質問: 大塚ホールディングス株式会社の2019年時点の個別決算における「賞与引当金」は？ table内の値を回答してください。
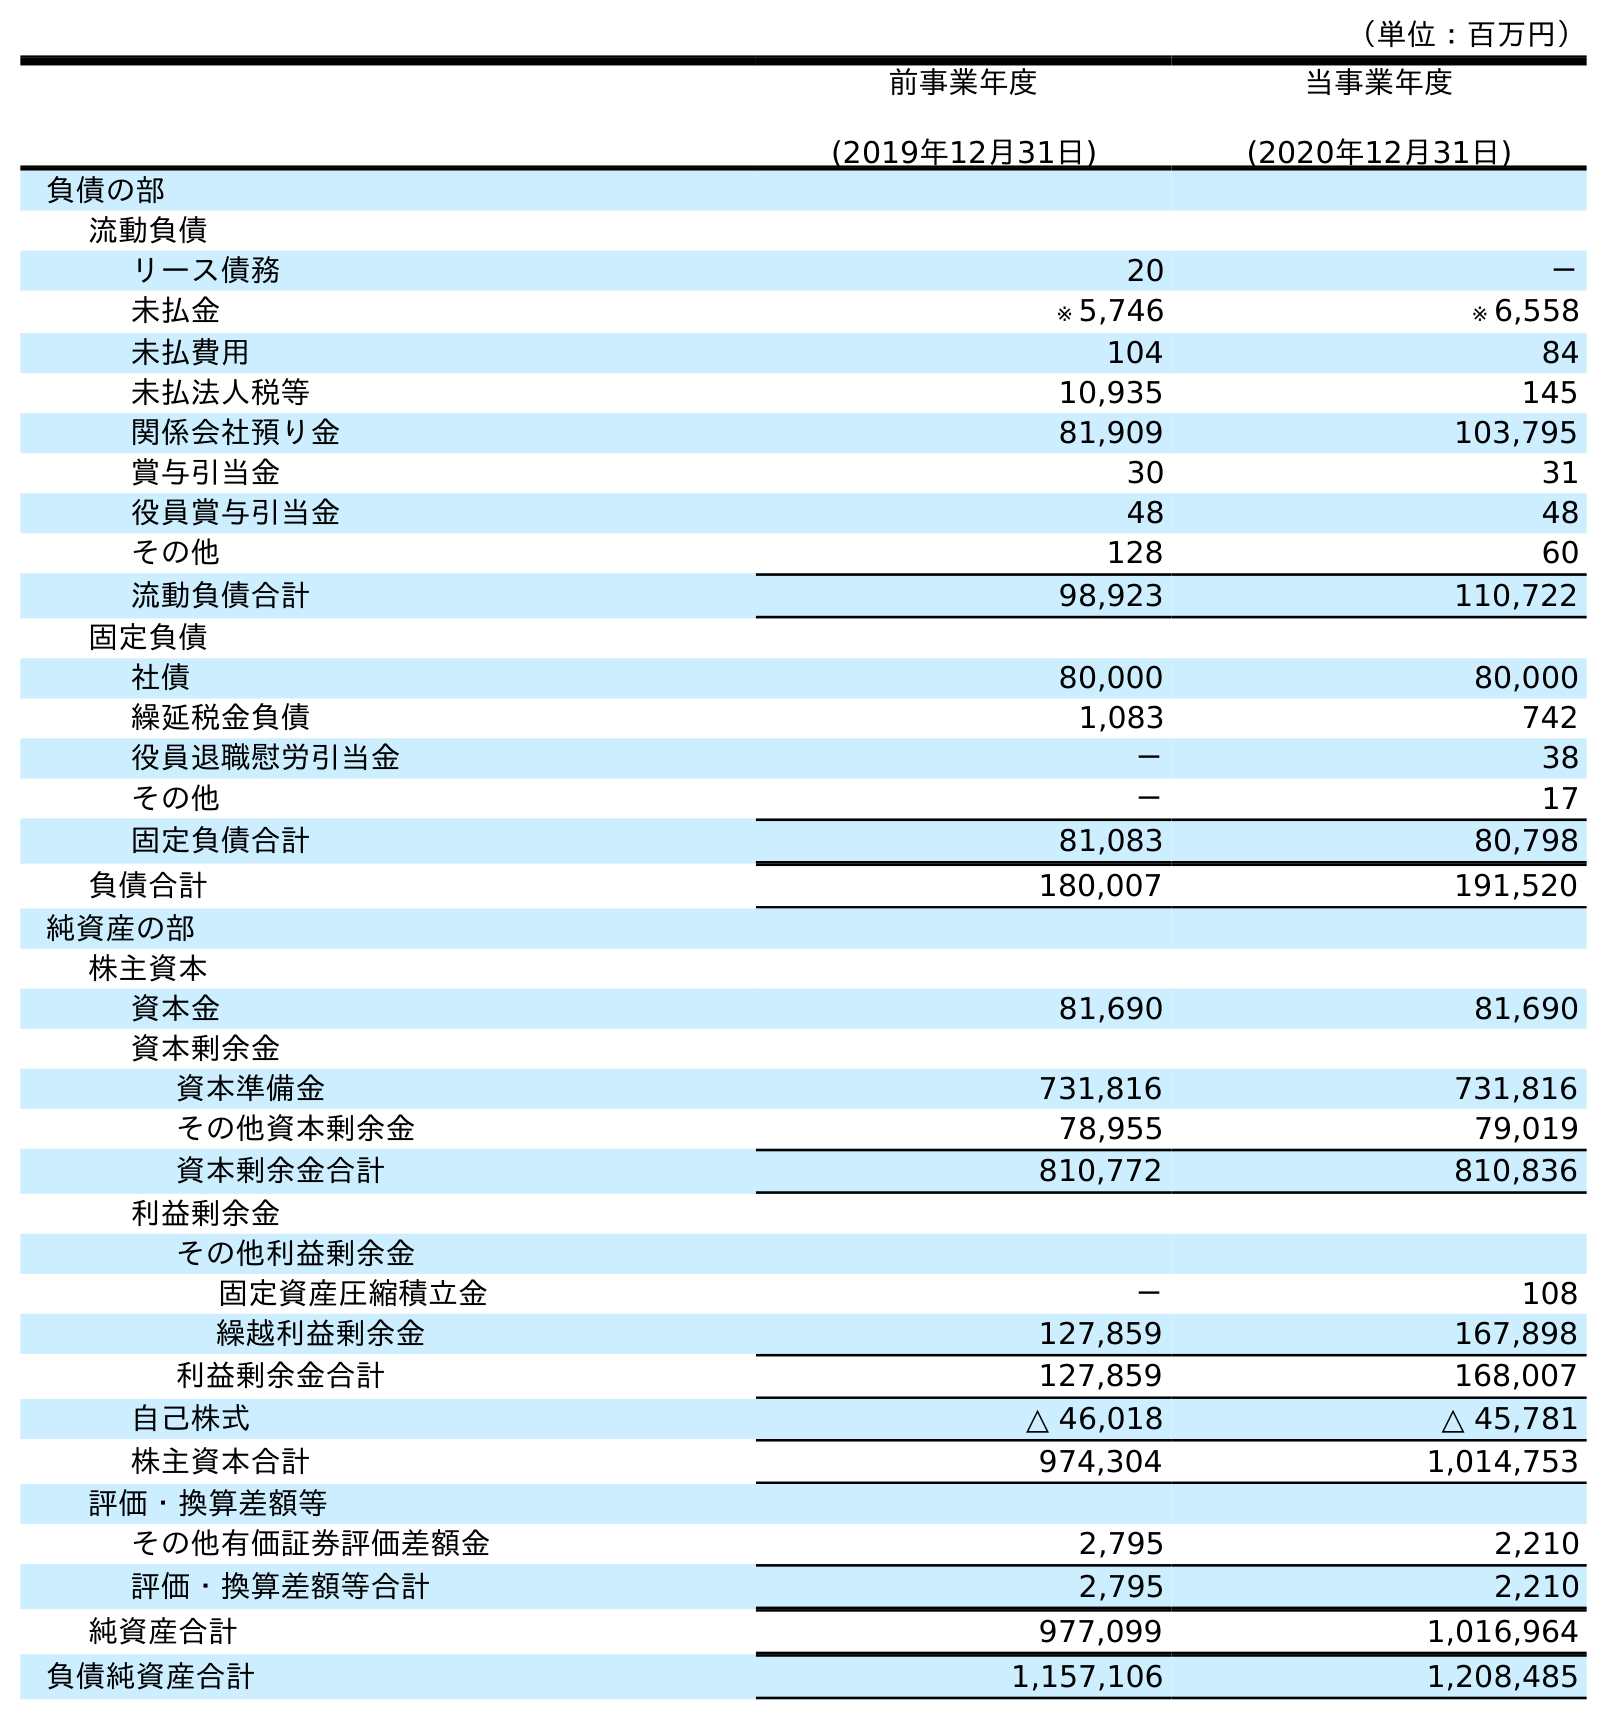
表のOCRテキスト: （単位：百万円） 前事業年度 (2019年12月31日) 当事業年度 (2020年12月31日) 負債の部 流動負債 リース債務 20 － 未払金 ※ 5,746 ※ 6,558 未払費用 104 84 未払法人税等 10,935 145 関係会社預り金 81,909 103,795 賞与引当金 30 31 役員賞与引当金 48 48 その他 128 60 流動負債合計 98,923 110,722 固定負債 社債 80,000 80,000 繰延税金負債 1,083 742 役員退職慰労引当金 － 38 その他 － 17 固定負債合計 81,083 80,798 負債合計 180,007 191,520 純資産の部 株主資本 資本金 81,690 81,690 資本剰余金 資本準備金 731,816 731,816 その他資本剰余金 78,955 79,019 資本剰余金合計 810,772 810,836 利益剰余金 その他利益剰余金 固定資産圧縮積立金 － 108 繰越利益剰余金 127,859 167,898 利益剰余金合計 127,859 168,007 自己株式 △ 46,018 △ 45,781 株主資本合計 974,304 1,014,753 評価・換算差額等 その他有価証券評価差額金 2,795 2,210 評価・換算差額等合計 2,795 2,210 純資産合計 977,099 1,016,964 負債純資産合計 1,157,106 1,208,485
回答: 30